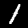
Digit: 1